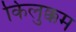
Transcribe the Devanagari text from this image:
किलुक्कम